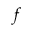
f